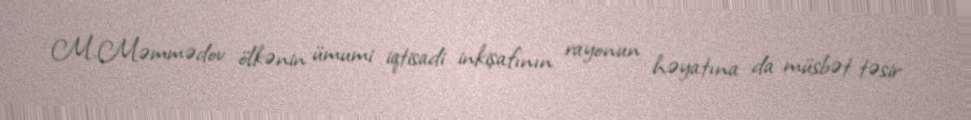
M.Məmmədov ölkənin ümumi iqtisadi inkişafının rayonun həyatına da müsbət təsir